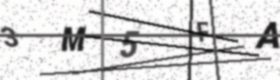
Text: 3M5FA